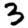
Digit: 3